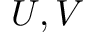
U , V